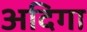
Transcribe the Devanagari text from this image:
अदिगा